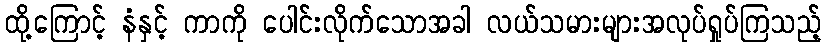
ထို့ကြောင့် နံနှင့် ကာကို ပေါင်းလိုက်သောအခါ လယ်သမားများအလုပ်ရှုပ်ကြသည့်